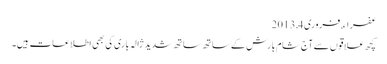
عفراء, ‏فروری 4, 2013
کچھ علاقوں سے آج شام بارش کے ساتھ ساتھ شدید ژالہ باری کی بھی اطلاعات ہیں۔